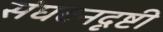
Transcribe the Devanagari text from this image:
संघटनदृष्टी